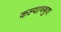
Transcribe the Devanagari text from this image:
कल्याणबुवा